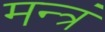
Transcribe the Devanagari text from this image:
मन्‍त्रं